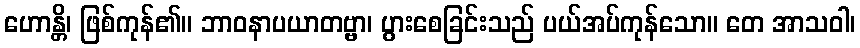
ဟောန္တိ၊ ဖြစ်ကုန်၏။ ဘာဝနာပယာတဗ္ဗာ၊ ပွားစေခြင်းသည် ပယ်အပ်ကုန်သော။ တေ အာသဝါ၊